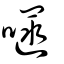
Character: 嚃